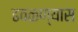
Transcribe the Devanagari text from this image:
ढवळण्यास